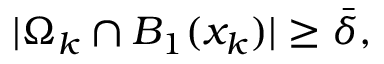
| \Omega _ { k } \cap B _ { 1 } ( x _ { k } ) | \ge \bar { \delta } ,